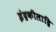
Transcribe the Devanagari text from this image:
इंद्रकीलाद्रि